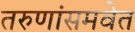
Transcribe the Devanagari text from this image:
तरुणांसमवेत